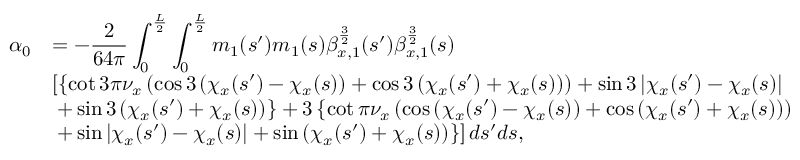
\begin{array} { c l } { \displaystyle \alpha _ { 0 } } & { \displaystyle = - \displaystyle \frac { 2 } { 6 4 \pi } \int _ { 0 } ^ { \frac { L } { 2 } } { \int _ { 0 } ^ { \frac { L } { 2 } } { m _ { 1 } ( s ^ { \prime } ) m _ { 1 } ( s ) \beta _ { x , 1 } ^ { \frac { 3 } { 2 } } ( s ^ { \prime } ) \beta _ { x , 1 } ^ { \frac { 3 } { 2 } } ( s ) } } } \\ & { \displaystyle \left[ \left\{ \cot { 3 \pi \nu _ { x } } \left( \cos { 3 \left( \chi _ { x } ( s ^ { \prime } ) - \chi _ { x } ( s ) \right) } + \cos { 3 \left( \chi _ { x } ( s ^ { \prime } ) + \chi _ { x } ( s ) \right) } \right) + \sin { 3 \left| \chi _ { x } ( s ^ { \prime } ) - \chi _ { x } ( s ) \right| } \right. \right. } \\ & { \left. \left. + \sin { 3 \left( \chi _ { x } ( s ^ { \prime } ) + \chi _ { x } ( s ) \right) } \right\} + 3 \left\{ \cot { \pi \nu _ { x } } \left( \cos { \left( \chi _ { x } ( s ^ { \prime } ) - \chi _ { x } ( s ) \right) } + \cos { \left( \chi _ { x } ( s ^ { \prime } ) + \chi _ { x } ( s ) \right) } \right) \right. \right. } \\ & { \displaystyle \left. \left. + \sin { \left| \chi _ { x } ( s ^ { \prime } ) - \chi _ { x } ( s ) \right| } + \sin { \left( \chi _ { x } ( s ^ { \prime } ) + \chi _ { x } ( s ) \right) } \right\} \right] d s ^ { \prime } d s , } \end{array}